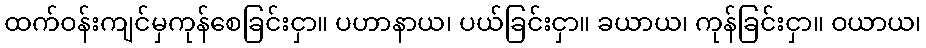
ထက်ဝန်းကျင်မှကုန်စေခြင်းငှာ။ ပဟာနာယ၊ ပယ်ခြင်းငှာ။ ခယာယ၊ ကုန်ခြင်းငှာ။ ဝယာယ၊